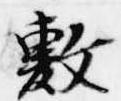
敷